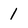
Character: 1